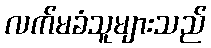
လက်မခံသူများသည်